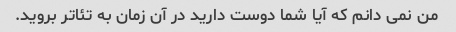
من نمی دانم که آیا شما دوست دارید در آن زمان به تئاتر بروید.